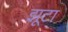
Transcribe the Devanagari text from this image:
झूटा